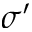
\sigma ^ { \prime }